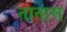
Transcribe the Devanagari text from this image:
तातास